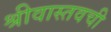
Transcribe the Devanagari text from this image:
श्रीवास्तवची